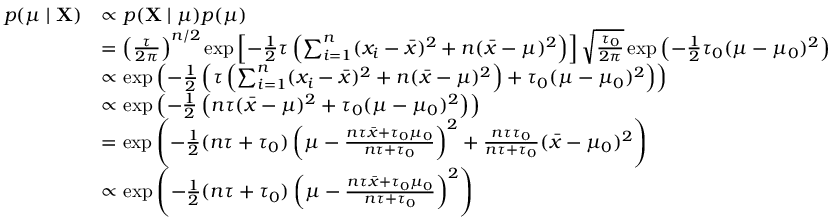
{ \begin{array} { r l } { p ( \mu \mid \mathbf { X } ) } & { \propto p ( \mathbf { X } \mid \mu ) p ( \mu ) } \\ & { = \left( { \frac { \tau } { 2 \pi } } \right) ^ { n / 2 } \exp \left[ - { \frac { 1 } { 2 } } \tau \left( \sum _ { i = 1 } ^ { n } ( x _ { i } - { \bar { x } } ) ^ { 2 } + n ( { \bar { x } } - \mu ) ^ { 2 } \right) \right] { \sqrt { \frac { \tau _ { 0 } } { 2 \pi } } } \exp \left( - { \frac { 1 } { 2 } } \tau _ { 0 } ( \mu - \mu _ { 0 } ) ^ { 2 } \right) } \\ & { \propto \exp \left( - { \frac { 1 } { 2 } } \left( \tau \left( \sum _ { i = 1 } ^ { n } ( x _ { i } - { \bar { x } } ) ^ { 2 } + n ( { \bar { x } } - \mu ) ^ { 2 } \right) + \tau _ { 0 } ( \mu - \mu _ { 0 } ) ^ { 2 } \right) \right) } \\ & { \propto \exp \left( - { \frac { 1 } { 2 } } \left( n \tau ( { \bar { x } } - \mu ) ^ { 2 } + \tau _ { 0 } ( \mu - \mu _ { 0 } ) ^ { 2 } \right) \right) } \\ & { = \exp \left( - { \frac { 1 } { 2 } } ( n \tau + \tau _ { 0 } ) \left( \mu - { \frac { n \tau { \bar { x } } + \tau _ { 0 } \mu _ { 0 } } { n \tau + \tau _ { 0 } } } \right) ^ { 2 } + { \frac { n \tau \tau _ { 0 } } { n \tau + \tau _ { 0 } } } ( { \bar { x } } - \mu _ { 0 } ) ^ { 2 } \right) } \\ & { \propto \exp \left( - { \frac { 1 } { 2 } } ( n \tau + \tau _ { 0 } ) \left( \mu - { \frac { n \tau { \bar { x } } + \tau _ { 0 } \mu _ { 0 } } { n \tau + \tau _ { 0 } } } \right) ^ { 2 } \right) } \end{array} }